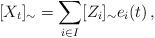
LaTeX: \begin{align*} [X_t]_\sim = \sum_{i\in I} [ Z_i]_\sim e_i(t)\, , \end{align*}